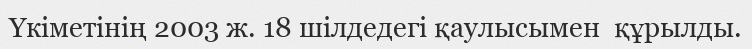
Үкіметінің 2003 ж. 18 шілдедегі қаулысымен  құрылды.